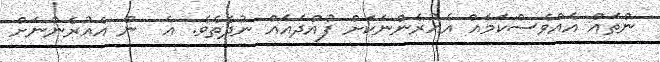
ންތައް އެއްވެސްކަމެއް އެއުރެންނަކަށް ފުއްދައެއް ނުދެތެވެ. އެ  ން އެއުރެންނަށް